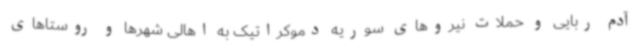
آدم ربایی و حملات نیروهای سوریه دموکراتیک به اهالی شهرها و روستاهای